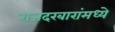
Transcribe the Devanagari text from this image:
राजदरबारांमध्ये